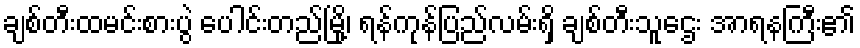
ချစ်တီးထမင်းစားပွဲ ပေါင်းတည်မြို့၊ ရန်ကုန်ပြည်လမ်းရှိ ချစ်တီးသူဌေး အာရနကြီး၏